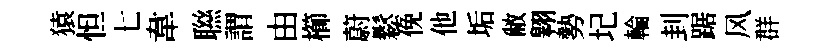
猿怛七韋聮謂由櫛蔚鬆俛他垢敝翱勢圮輪刲踞风群